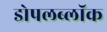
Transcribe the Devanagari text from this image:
डोपलब्लॉक